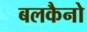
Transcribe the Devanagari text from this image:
बलकैनो